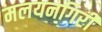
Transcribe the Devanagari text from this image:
मलयनगिरी